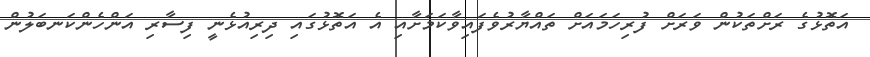
އަތޮޅުގެ ރަށްތަކުން ވަރަށް ފުރިހަމައަށް ތައްޔާރުވެފައިވާކަމަށާއި އެ އަތޮޅުގައި ދިރިއުޅެނީ ފިސާރި އަންހެންކަނބަލުން